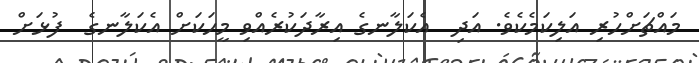
މައްޗަށްހުރި އަލިކަމެކެވެ. އަދި  އެކަލާނގެ އިރާދަކުރެއްވި މީހަކަށް އެކަލާނގެ  ފުޅަށް